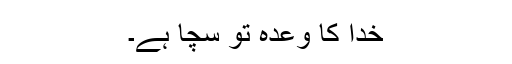
خدا کا وعدہ تو سچا ہے۔